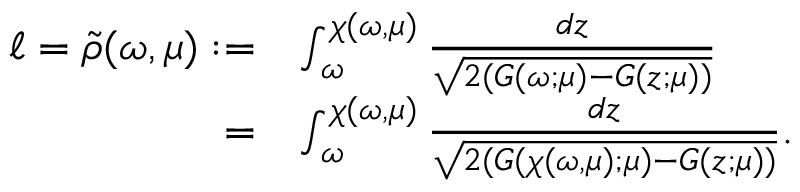
\begin{array} { r l } { \ell = \tilde { \rho } ( \omega , \mu ) : = } & { \int _ { \omega } ^ { \chi ( \omega , \mu ) } \frac { d z } { \sqrt { 2 ( G ( \omega ; \mu ) - G ( z ; \mu ) ) } } } \\ { = } & { \int _ { \omega } ^ { \chi ( \omega , \mu ) } \frac { d z } { \sqrt { 2 ( G ( \chi ( \omega , \mu ) ; \mu ) - G ( z ; \mu ) ) } } . } \end{array}